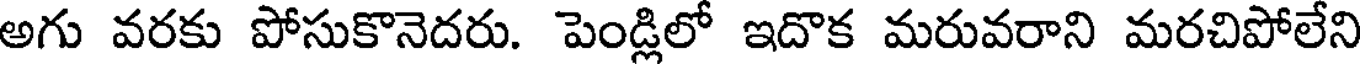
అగు వరకు పోసుకొనెదరు. పెండ్లిలో ఇదొక మరువరాని మరచిపోలేని